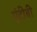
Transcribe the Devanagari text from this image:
एंटीबी